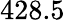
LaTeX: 428.5